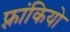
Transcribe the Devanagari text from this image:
फ़्रांकियो